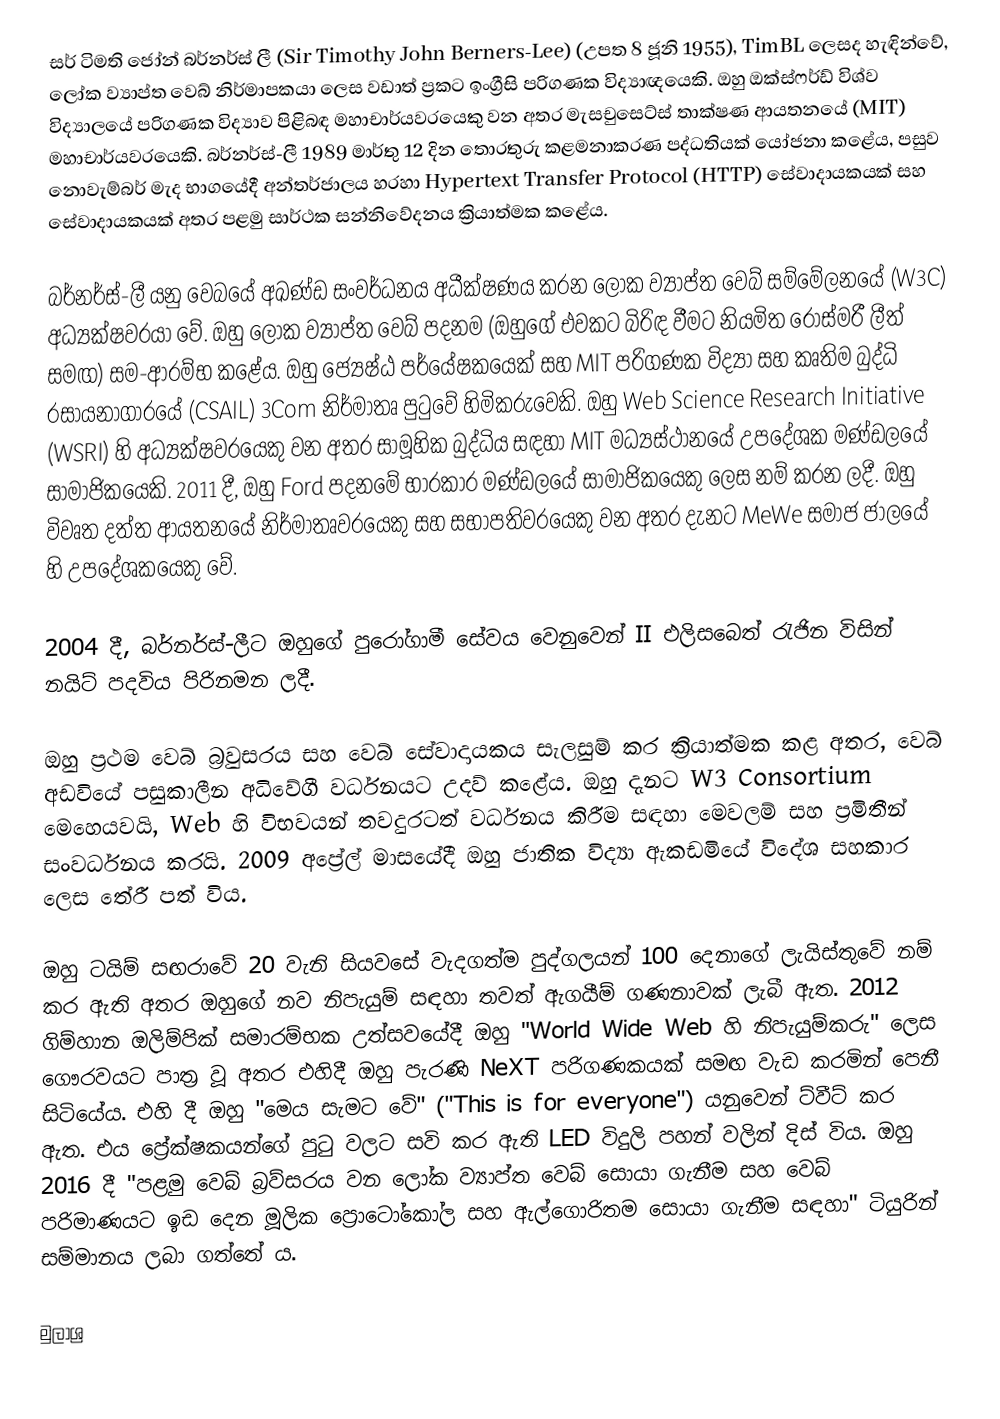
සර් ටිමති ජෝන් බර්නර්ස් ලී (Sir Timothy John Berners-Lee)  (උපත 8 ජූනි 1955), TimBL ලෙසද හැඳින්වේ, ලෝක ව්‍යාප්ත වෙබ් නිර්මාපකයා ලෙස වඩාත් ප්‍රකට ඉංග්‍රීසි පරිගණක විද්‍යාඥයෙකි. ඔහු ඔක්ස්ෆර්ඩ් විශ්ව විද්‍යාලයේ පරිගණක විද්‍යාව පිළිබඳ මහාචාර්යවරයෙකු වන අතර මැසචුසෙට්ස් තාක්ෂණ ආයතනයේ (MIT) මහාචාර්යවරයෙකි. බර්නර්ස්-ලී 1989 මාර්තු 12 දින තොරතුරු කළමනාකරණ පද්ධතියක් යෝජනා කළේය, පසුව නොවැම්බර් මැද භාගයේදී අන්තර්ජාලය හරහා Hypertext Transfer Protocol (HTTP) සේවාදායකයක් සහ සේවාදායකයක් අතර පළමු සාර්ථක සන්නිවේදනය ක්‍රියාත්මක කළේය.

බර්නර්ස්-ලී යනු වෙබයේ අඛණ්ඩ සංවර්ධනය අධීක්ෂණය කරන ලෝක ව්‍යාප්ත වෙබ් සම්මේලනයේ (W3C) අධ්‍යක්ෂවරයා වේ. ඔහු ලෝක ව්‍යාප්ත වෙබ් පදනම (ඔහුගේ එවකට බිරිඳ වීමට නියමිත රෝස්මරී ලීත් සමඟ) සම-ආරම්භ කළේය. ඔහු ජ්‍යෙෂ්ඨ පර්යේෂකයෙක් සහ MIT පරිගණක විද්‍යා සහ කෘතිම බුද්ධි රසායනාගාරයේ (CSAIL) 3Com නිර්මාතෘ පුටුවේ හිමිකරුවෙකි. ඔහු Web Science Research Initiative (WSRI) හි අධ්‍යක්ෂවරයෙකු වන අතර සාමූහික බුද්ධිය සඳහා MIT මධ්‍යස්ථානයේ උපදේශක මණ්ඩලයේ සාමාජිකයෙකි. 2011 දී, ඔහු Ford පදනමේ භාරකාර මණ්ඩලයේ සාමාජිකයෙකු ලෙස නම් කරන ලදී. ඔහු විවෘත දත්ත ආයතනයේ නිර්මාතෘවරයෙකු සහ සභාපතිවරයෙකු වන අතර දැනට MeWe සමාජ ජාලයේ හි උපදේශකයෙකු වේ.

2004 දී, බර්නර්ස්-ලීට ඔහුගේ පුරෝගාමී සේවය වෙනුවෙන් II එලිසබෙත් රැජින විසින් නයිට් පදවිය පිරිනමන ලදී.

ඔහු ප්‍රථම වෙබ් බ්‍රවුසරය සහ වෙබ් සේවාදායකය සැලසුම් කර ක්‍රියාත්මක කළ අතර, වෙබ් අඩවියේ පසුකාලීන අධිවේගී වර්ධනයට උදව් කළේය. ඔහු දැනට W3 Consortium මෙහෙයවයි, Web හි විභවයන් තවදුරටත් වර්ධනය කිරීම සඳහා මෙවලම් සහ ප්‍රමිතීන් සංවර්ධනය කරයි. 2009 අප්‍රේල් මාසයේදී ඔහු ජාතික විද්‍යා ඇකඩමියේ විදේශ සහකාර ලෙස තේරී පත් විය.

ඔහු ටයිම් සඟරාවේ 20 වැනි සියවසේ වැදගත්ම පුද්ගලයන් 100 දෙනාගේ ලැයිස්තුවේ නම් කර ඇති අතර ඔහුගේ නව නිපැයුම් සඳහා තවත් ඇගයීම් ගණනාවක් ලැබී ඇත. 2012 ගිම්හාන ඔලිම්පික් සමාරම්භක උත්සවයේදී ඔහු "World Wide Web හි නිපැයුම්කරු" ලෙස ගෞරවයට පාත්‍ර වූ අතර එහිදී ඔහු පැරණි NeXT පරිගණකයක් සමඟ වැඩ කරමින් පෙනී සිටියේය. එහි දී ඔහු "මෙය සැමට වේ" ("This is for everyone") යනුවෙන් ට්වීට් කර ඇත. එය ප්‍රේක්ෂකයන්ගේ පුටු වලට සවි කර ඇති LED විදුලි පහන් වලින් දිස් විය. ඔහු 2016 දී "පළමු වෙබ් බ්‍රව්සරය වන ලෝක ව්‍යාප්ත වෙබ් සොයා ගැනීම සහ වෙබ් පරිමාණයට ඉඩ දෙන මූලික ප්‍රොටෝකෝල සහ ඇල්ගොරිතම සොයා ගැනීම සඳහා" ටියුරින් සම්මානය ලබා ගත්තේ ය.

මුලාශ්‍ර